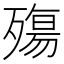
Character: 殤